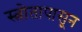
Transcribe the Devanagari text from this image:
स्त्रोतापासून